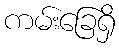
ကမ်းခြေရှိ